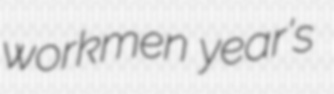
workmen year's